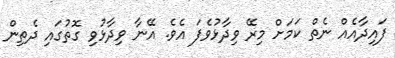
ފައިދާއެއް ނެތް ކަމަށް މިރޭ ވިދާޅުވެފަ އެވެ. އޭނާ ވިދާޅުވި ގޮތުގައި ދެތިން